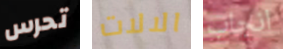
تحرس الالات انجاب